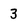
Character: 3